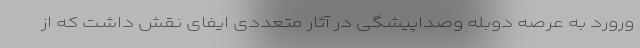
ورورد به عرصه دوبله وصداپیشگی در آثار متعددی ایفای نقش داشت که از